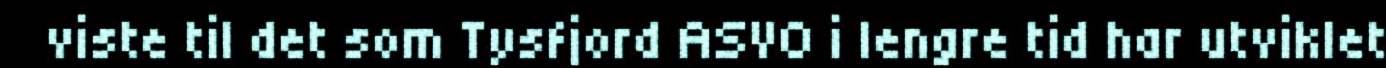
viste til det som Tysfjord ASVO i lengre tid har utviklet